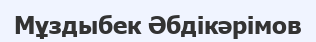
Мұздыбек Әбдікәрімов